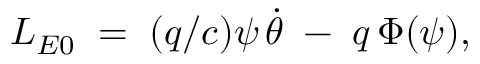
L _ { E 0 } \; = \; ( q / c ) \psi \, \dot { \theta } \; - \; q \, \Phi ( \psi ) ,